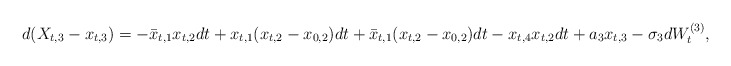
\begin{align*}d(X_{t,3} - x_{t,3}) = -\bar{x}_{t,1}x_{t,2}dt + x_{t,1}(x_{t,2} - x_{0,2})dt + \bar{x}_{t,1}(x_{t,2} - x_{0,2})dt - x_{t,4}x_{t,2}dt + a_3 x_{t,3} - \sigma_3 dW_t^{(3)},\end{align*}